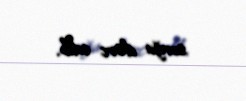
sorğu dərc edib.